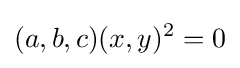
(a,b,c)(x,y)^{2}=0